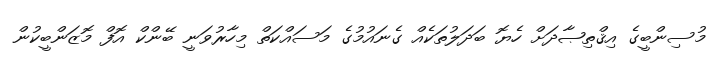
މުސިންބީގެ އިޤްތިޞާދަށް ހެޔޮ ބަދަލުތަކެއް ގެނައުމުގެ މަސައްކަތް މިހާރުވަނީ ބޭންކް އޮފް މޮޒަންބީކުން